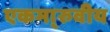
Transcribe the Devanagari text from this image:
एकमा्रुवीय